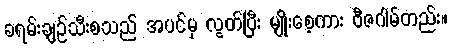
ခရမ်းချဉ်သီးစသည် အပင်မှ လွတ်ပြီး မျိုးစေ့ကား ဗီဇဂါမ်တည်း။